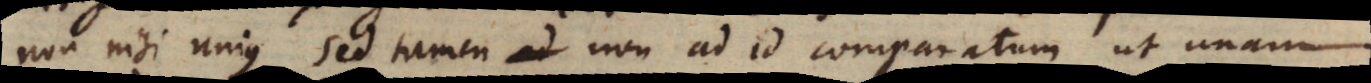
non nisi unius, sed tamen ad non ad id comparatum, ut una